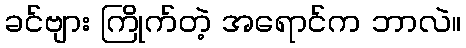
ခင်ဗျား ကြိုက်တဲ့ အရောင်က ဘာလဲ။